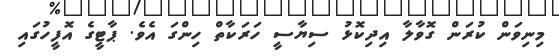
މިނިވަން ކުރަން ގޮވާލާ އިދިކޮޅު ސިޔާސީ ހަރަކާތް ހިންގަ އެވެ. ޕާޓީގެ އޮފީހުގައި